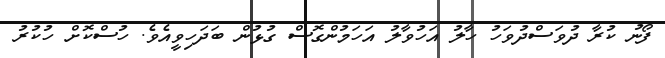
ފޯނު ކުރާ ދުވަސްދުވަހު ހާލު އަހުވާލު އަހަމުންގޮސް ގުޅުން ބަދަހިވީއެވެ. ހުސްކޮށް ހުކުރު